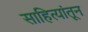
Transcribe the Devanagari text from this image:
साहित्यांतून